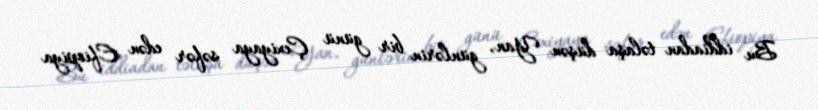
Bu iddiadan təlaşa düşən Yan, günlərin bir günü Çexiyaya səfər edən Efiopiya